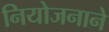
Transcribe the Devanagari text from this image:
नियोजनाने